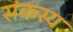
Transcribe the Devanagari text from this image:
संकस्य